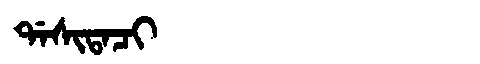
Manchu: ᡩᠠᠰᡳᡨᠠᠴᡳ
Romanization: DASITACI